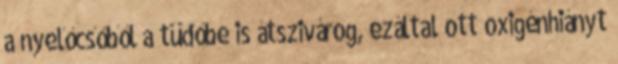
a nyelőcsőből a tüdőbe is átszivárog, ezáltal ott oxigénhiányt